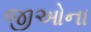
જીઓના